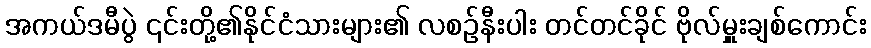
အကယ်ဒမီပွဲ ၎င်းတို့၏နိုင်ငံသားများ၏ လစဉ်နီးပါး တင်တင်ခိုင် ဗိုလ်မှူးချစ်ကောင်း